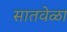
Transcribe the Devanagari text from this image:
सातवेळा